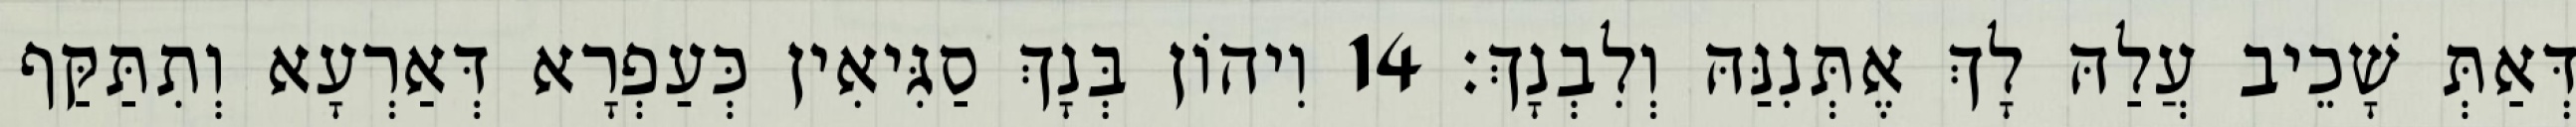
דְּאַתְּ שָׁכֵיב עֲלַהּ לָךְ אֶתְּנִנַּהּ וְלִבְנָךְ׃ 14 וִיהוֹן בְּנָךְ סַגִּיאִין כְּעַפְרָא דְּאַרְעָא וְתִתַּקַּף